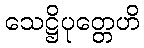
သေဋ္ဌိပုတ္တေဟိ